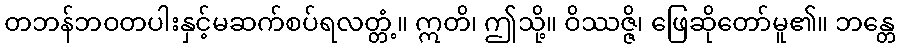
တဘန်ဘဝတပါးနှင့်မဆက်စပ်ရလတ္တံ့။ ဣတိ၊ ဤသို့။ ဝိဿဇ္ဇိ၊ ဖြေဆိုတော်မူ၏။ ဘန္တေ